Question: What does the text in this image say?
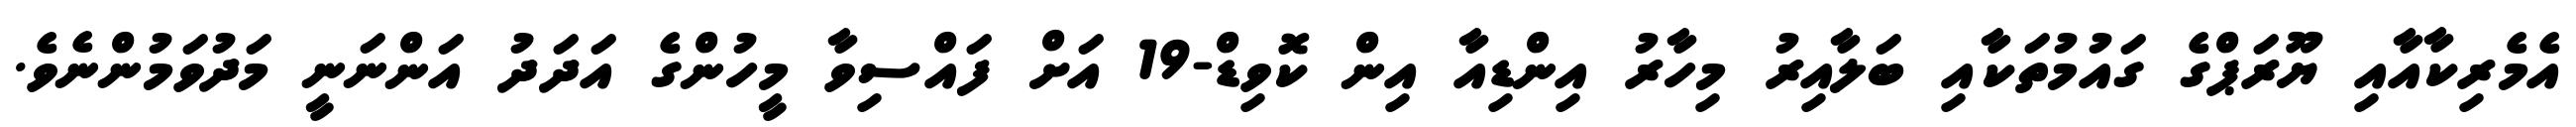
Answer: އެމެރިކާއާއި ޔޫރަޕްގެ ގައުމުތަކާއި ބަލާއިރު މިހާރު އިންޑިއާ އިން ކޮވިޑް-19 އަށް ފައްސިވާ މީހުންގެ އަދަދު އަންނަނީ މަދުވަމުންނެވެ.